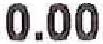
0.00